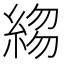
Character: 𬗣